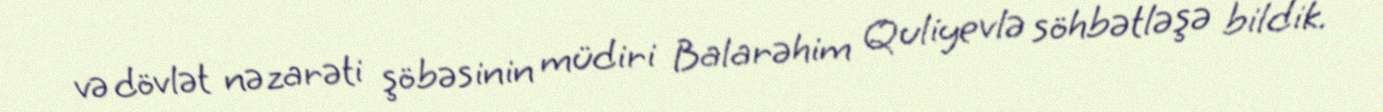
və dövlət nəzarəti şöbəsinin müdiri Balarəhim Quliyevlə söhbətləşə bildik.